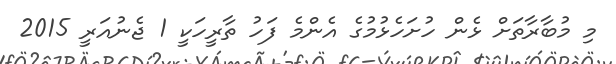
މި މުބާރާތަށް ޅެން ހުށަހެޅުމުގެ އެންމެ ފަހު ތާރީހަކީ 1 ޖެނުއަރީ 2015